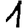
Digit: 1